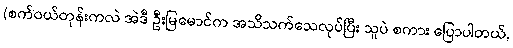
(စက်ဝယ်တုန်းကလဲ အဲဒီ ဦးမြမောင်က အသိသက်သေလုပ်ပြီး သူပဲ စကား ပြောပါတယ်,